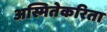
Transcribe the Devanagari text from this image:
अस्मितेकरिता